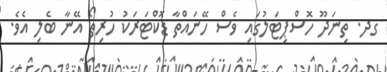
ގދ. ތިނަދޫ ހޮސްޕިޓަލުގައި ވެސް ހޭނައްތާ ޑޮކްޓަރަކު ހުރިތޯ އޭނާ ބެލި އެވެ.